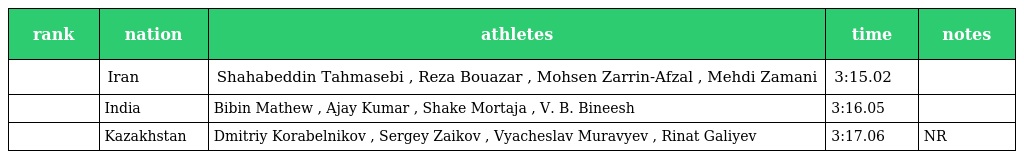
| rank | nation | athletes | time | notes |
 | --- | --- | --- | --- | --- |
 |  | Iran | Shahabeddin Tahmasebi , Reza Bouazar , Mohsen Zarrin-Afzal , Mehdi Zamani | 3:15.02 |  |
 |  | India | Bibin Mathew , Ajay Kumar , Shake Mortaja , V. B. Bineesh | 3:16.05 |  |
 |  | Kazakhstan | Dmitriy Korabelnikov , Sergey Zaikov , Vyacheslav Muravyev , Rinat Galiyev | 3:17.06 | NR |